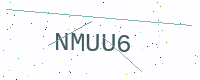
Text: NMUU6